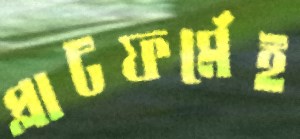
প্লাটফর্মেই